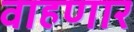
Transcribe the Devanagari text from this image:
वाहणार